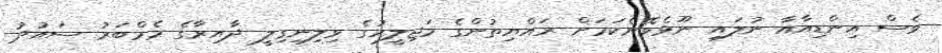
ވެސް އިންޑިއާއާ ނުލައި ނޫޅެވޭނެކަމަށް ރައްޔިތުންގެ މަޖިލީހުގެ ވިލިނިގިލީ ދާއިރާގެ މެމްބަރު ސައުދު